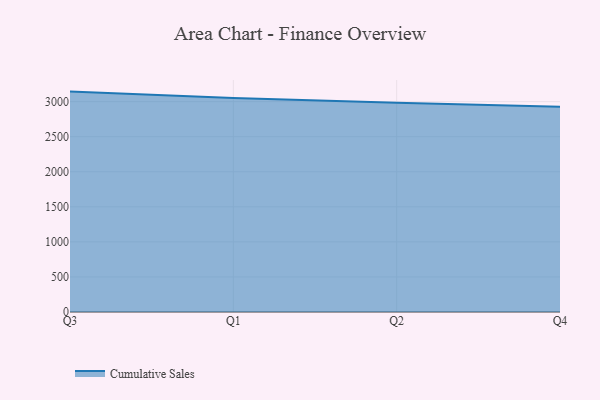
{"axis": {"x": "Quarter", "y": "Churn Rate (%)"}, "legend": ["Cumulative Sales"], "data": [{"x": "Q3", "y": 3143.4, "type": "Cumulative Sales"}, {"x": "Q1", "y": 3051.1, "type": "Cumulative Sales"}, {"x": "Q2", "y": 2983.5, "type": "Cumulative Sales"}, {"x": "Q4", "y": 2928.2, "type": "Cumulative Sales"}]}